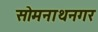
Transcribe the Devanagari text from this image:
सोमनाथनगर